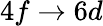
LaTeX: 4f\rightarrow 6d